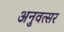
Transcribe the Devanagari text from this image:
अनुवत्सर